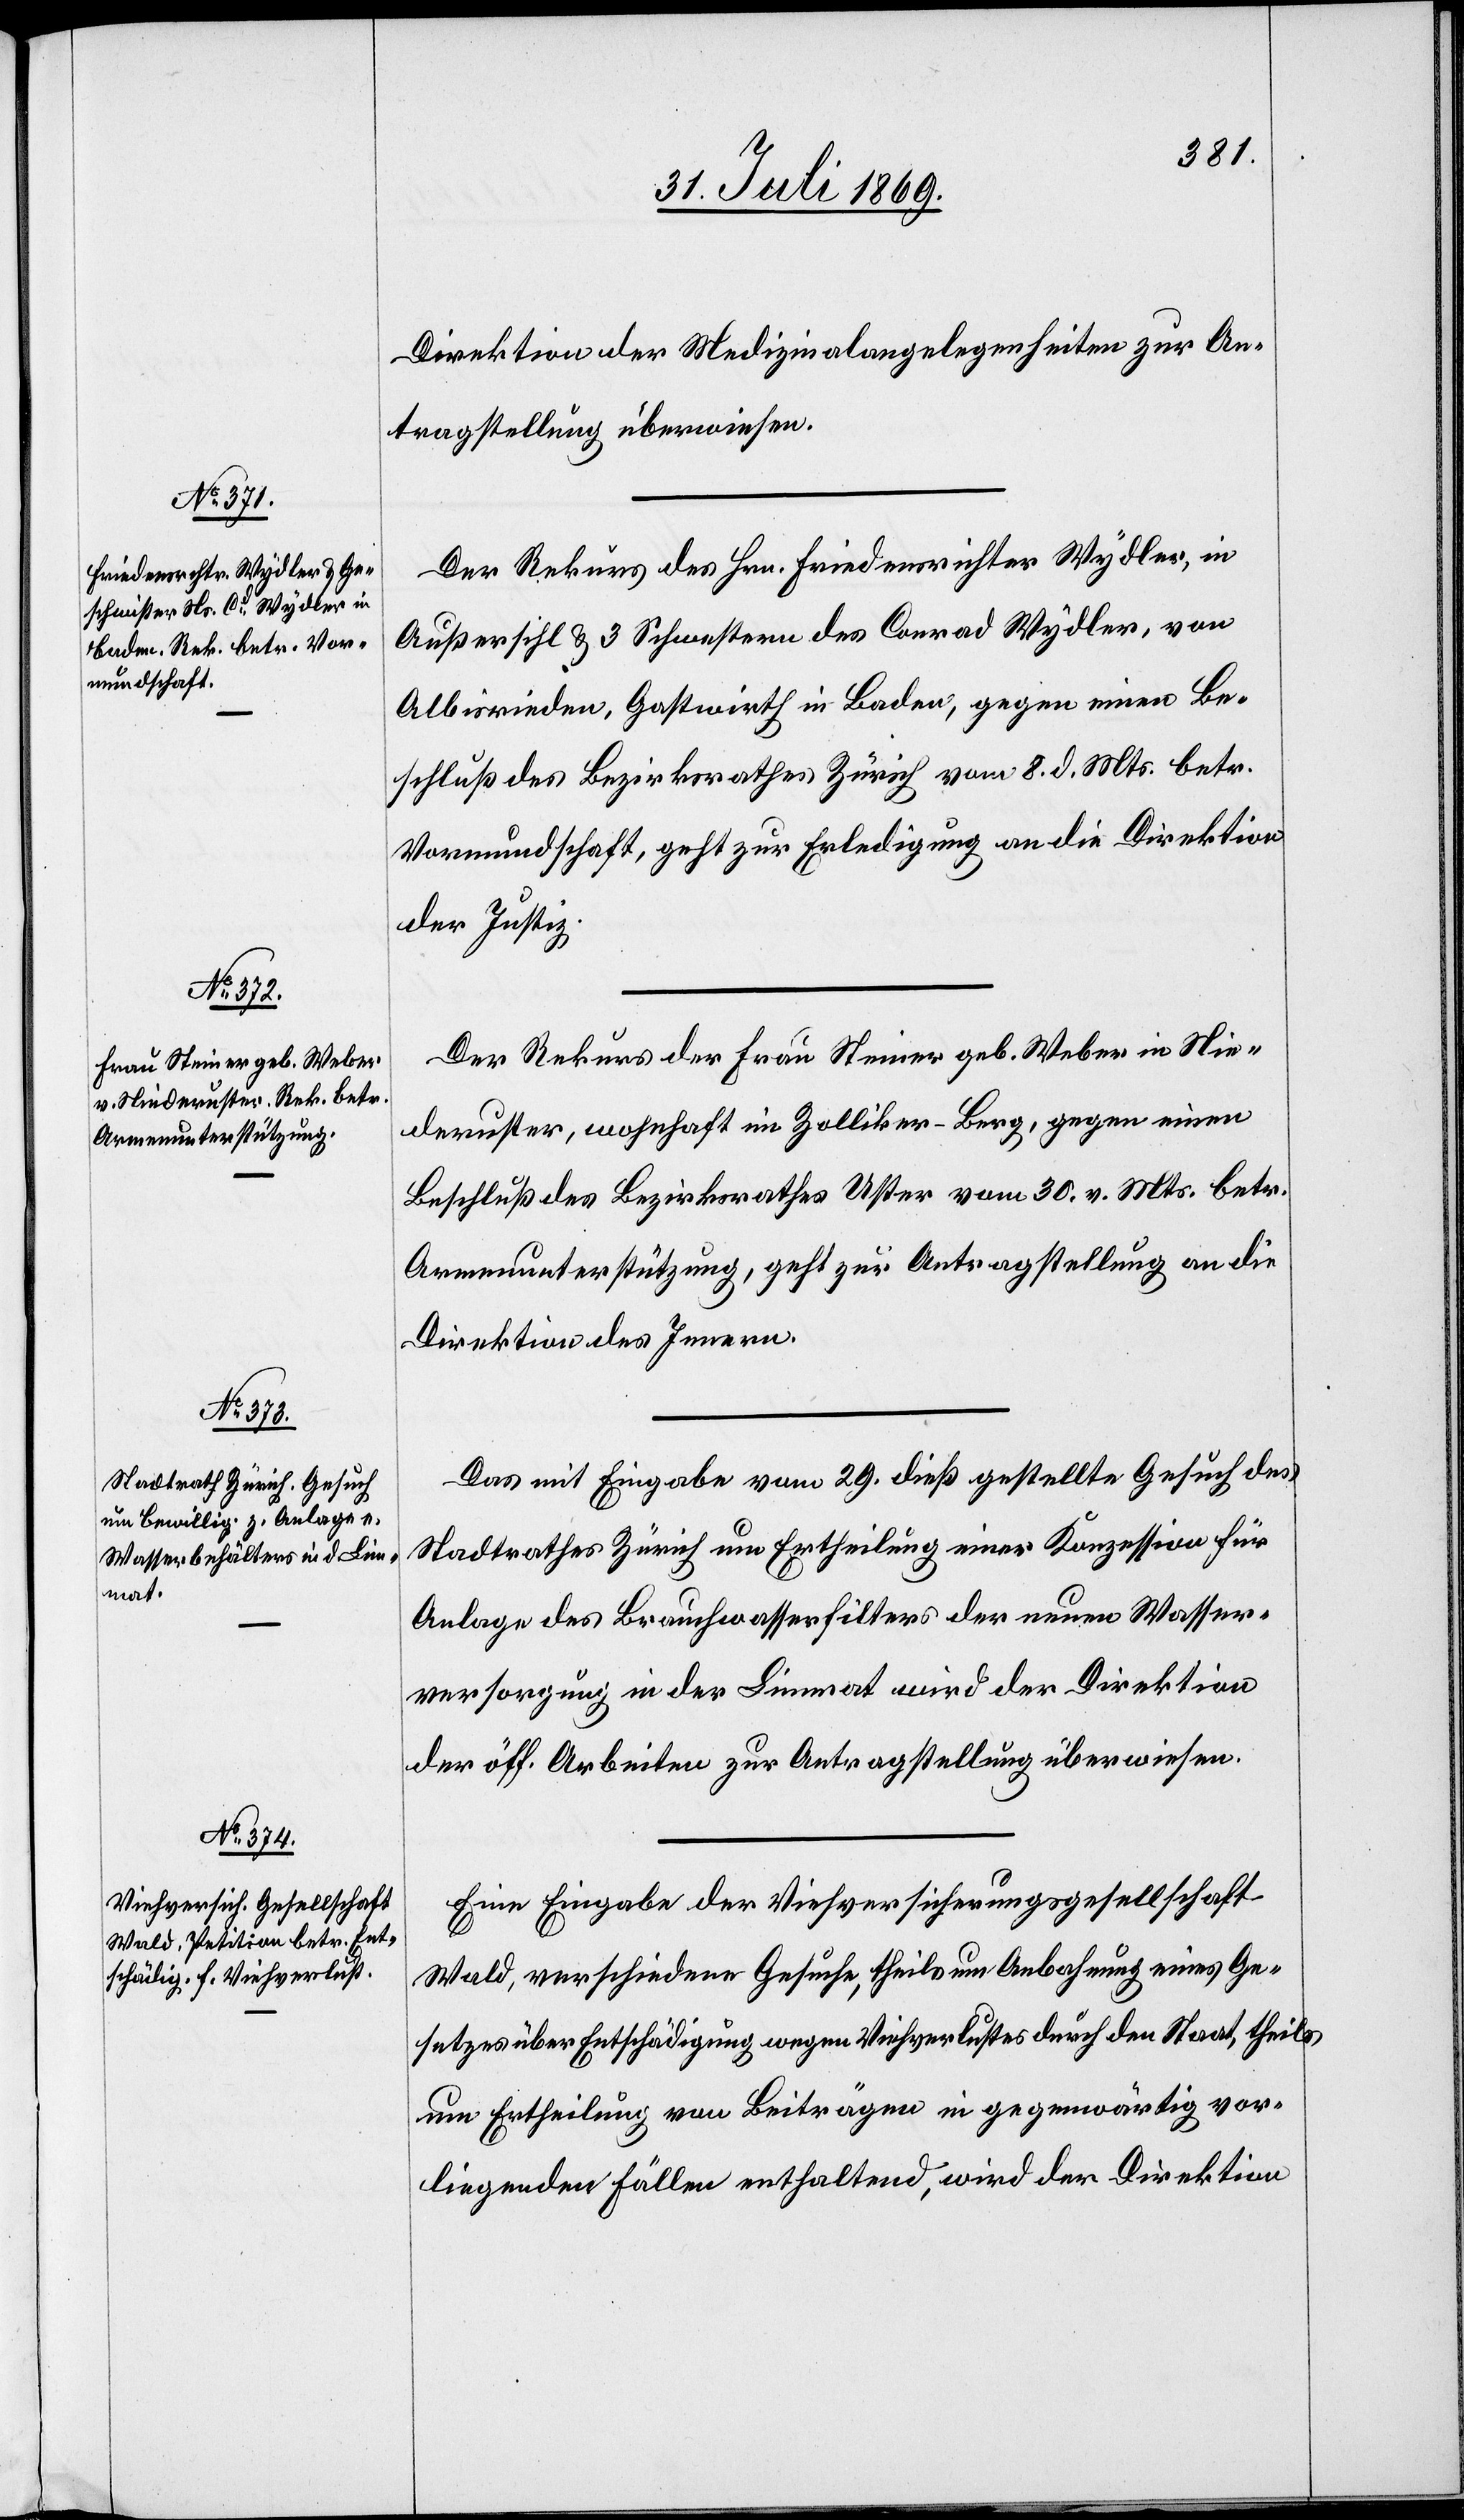
31. Juli 1869]
Direktion der Medizinalangelegenheiten zur An¬
tragstellung überwiesen.
Der Rekurs des Hrn. Friedensrichter Wydler, in
Außersihl & 3 Schwestern des Conrad Wydler, von
Albisrieden, Gastwirth in Baden, gegen einen Be¬
schluß des Bezirksrathes Zürich vom 8. d. Mts. betr.
Vormundschaft, geht zur Erledigung an die Direktion
der Justiz.
Der Rekurs der Frau Steiner geb. Weber in Nie¬
deruster, wohnhaft im Zolliker-Berg, gegen einen
Beschluß des Bezirksrathes Uster vom 30. v. Mts. betr.
Armenunterstützung, geht zur Antragstellung an die
Direktion des Innern.
Das mit Eingabe vom 29. dieß gestellte Gesuch des
Stadtrathes Zürich um Ertheilung einer Konzession für
Anlage des Brauchwasserfilters der neuen Wasser¬
versorgung in der Limmat wird der Direktion
der öffentl. Arbeiten zur Antragstellung überwiesen.
Eine Eingabe der Viehversicherungsgesellschaft
Wald, verschiedene Gesuche, theils um Ausdehnung eines Ge¬
setzes über Entschädigung wegen Viehverlustes durch den Staat, theils
um Ertheilung von Beiträgen in gegenwärtig vor¬
liegenden Fällen enthaltend, wird der Direktion